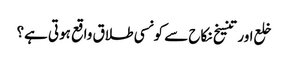
خلع اور تنسیخ نکاح سے کونسی طلاق واقع ہوتی ہے؟